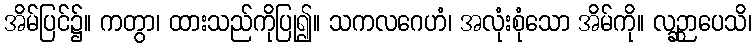
အိမ်ပြင်၌။ ကတွာ၊ ထားသည်ကိုပြု၍။ သကလဂေဟံ၊ အလုံးစုံသော အိမ်ကို။ လဉ္ဆာပေသိ၊